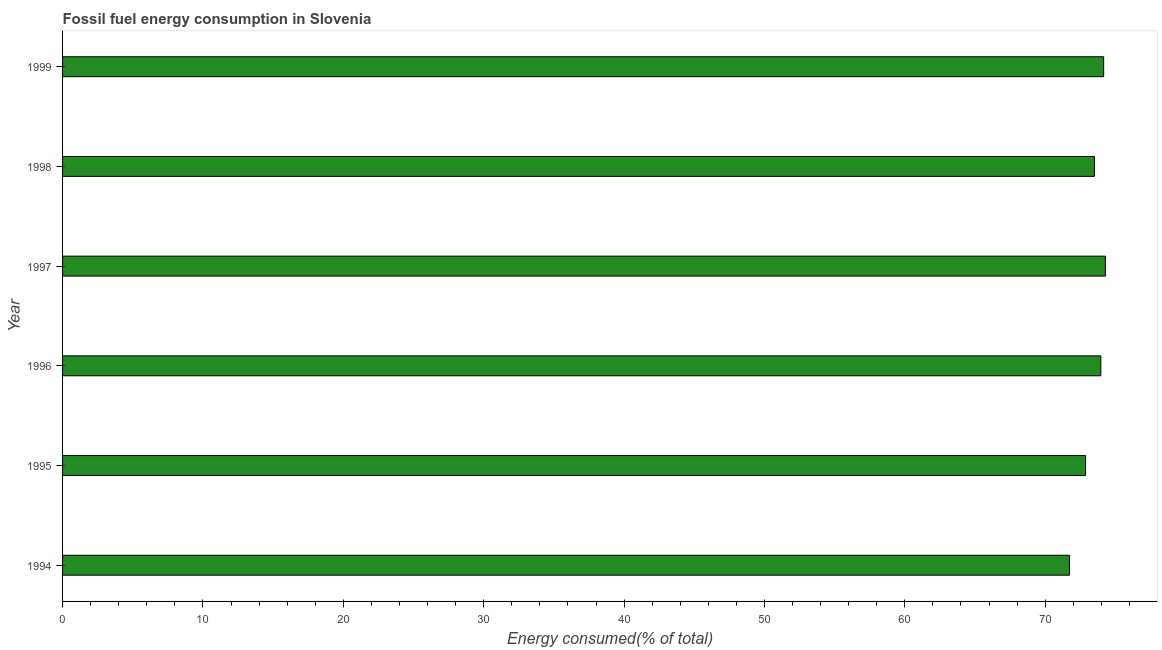
| Year | Fossil fuel energy consumption (% of total) |
 | --- | --- |
 | 1994 | 71.7 |
 | 1995 | 72.9 |
 | 1996 | 74 |
 | 1997 | 74.3 |
 | 1998 | 73.5 |
 | 1999 | 74.2 |